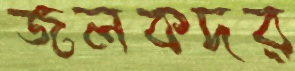
জলকদর